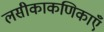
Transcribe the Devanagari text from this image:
लसीकाकणिकाएँ